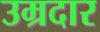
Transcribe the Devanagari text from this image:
उम्रदार